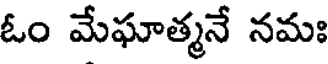
ఓం మేఘాత్మనే నమః